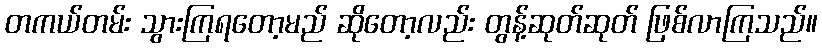
တကယ်တမ်း သွားကြရတော့မည် ဆိုတော့လည်း တွန့်ဆုတ်ဆုတ် ဖြစ်လာကြသည်။